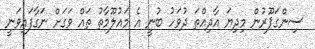
ސިންގަޕޫރުން މިދިޔަ އާދިއްތަ ދުވަހު ބުނީ އެ މައުލޫމާތު ތައް ވަގަށް ނަގާފައިވަނީ